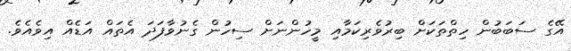
އޭގެ ސަބަބުން ހިތްތަކަށް ބިރުވެރިކަމާއި މީހުންނަށް ސިހުން ގެނުވާފަދަ އެތައް އަޑެއް އިވެއެވެ.